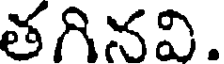
తగినవి.